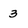
Character: 3